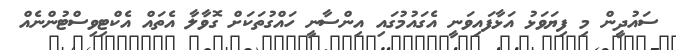
ސައުދީން މި ފިޔަވަޅު އަޅާފައިވަނީ އެގައުމުގައި އިންސާނީ ހައްގުތަކަށް ގޮވާލާ އެތައް އެކްޓިވިސްޓުންނެއް